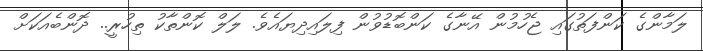
ލަމާންގެ ކަންފަތުގައި ޖެހުމުން އޭނާގެ ކަންބޮޑުވުން ފިލައިދިޔައެވެ. ލަލް ކޮންތާކު ތިހުރީ.. ދޮންބެއަކަށް